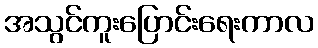
အသွင်ကူးပြောင်းရေးကာလ